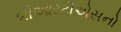
બીઆરટીએસનો